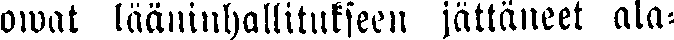
owat lääninhallitukseen jättäneet ala-